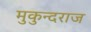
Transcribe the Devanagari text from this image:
मुकुन्दराज